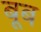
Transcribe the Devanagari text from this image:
बूब